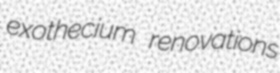
exothecium renovations